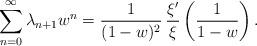
LaTeX: \begin{align*} \sum_{n=0}^{\infty} \lambda_{n+1} w^n = \frac{1}{(1-w)^2} \, \frac{\xi'}{\xi}\left(\frac{1}{1-w}\right).\end{align*}